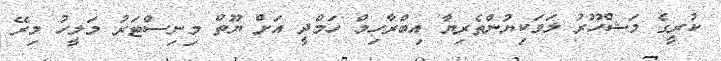
ކުރީގެ މަޝްހޫރު ލަވަކިޔުންތެރިޔާ އިބްރާހިމް ހަމްދީ އަށް ޔޫތް މިނިސްޓަރު މަލީހު މިރޭ